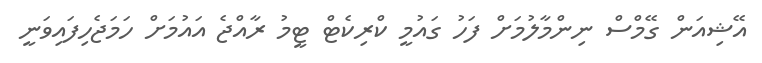
އޭޝިއަން ގޭމްސް ނިންމާލުމަށް ފަހު ގައުމީ ކްރިކެޓް ޓީމު ރާއްޖެ އައުމަށް ހަމަޖެހިފައިވަނީ